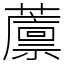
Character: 䕲